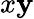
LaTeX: x\mathbf{y}